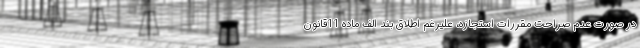
در صورت عدم صراحت مقررات استجازه، علیرغم اطلاق بند الف ماده 11قانون